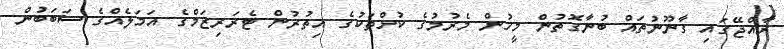
ރާއްޖޭގައި ގާނޫނުތައް ބުނާގޮތުން މީހުން މެރުމުގެ ކުށްތަކުގެ އިތުރުން ޓެރަރިޒަމްގެ އަމަލެއްގެ ސަބަބުން